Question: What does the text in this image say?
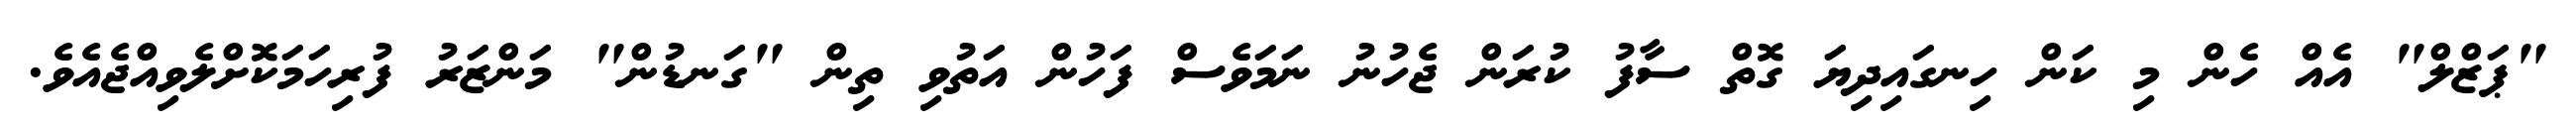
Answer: "ޕަޒްލް" އެއް ހެން މި ކަން ހިނގައިދިޔަ ގޮތް ސާފު ކުރަން ޖެހުނު ނަމަވެސް ފަހުން އަތުވި ތިން "ގަނޑުން" މަންޒަރު ފުރިހަމަކޮށްލެވިއްޖެއެވެ.